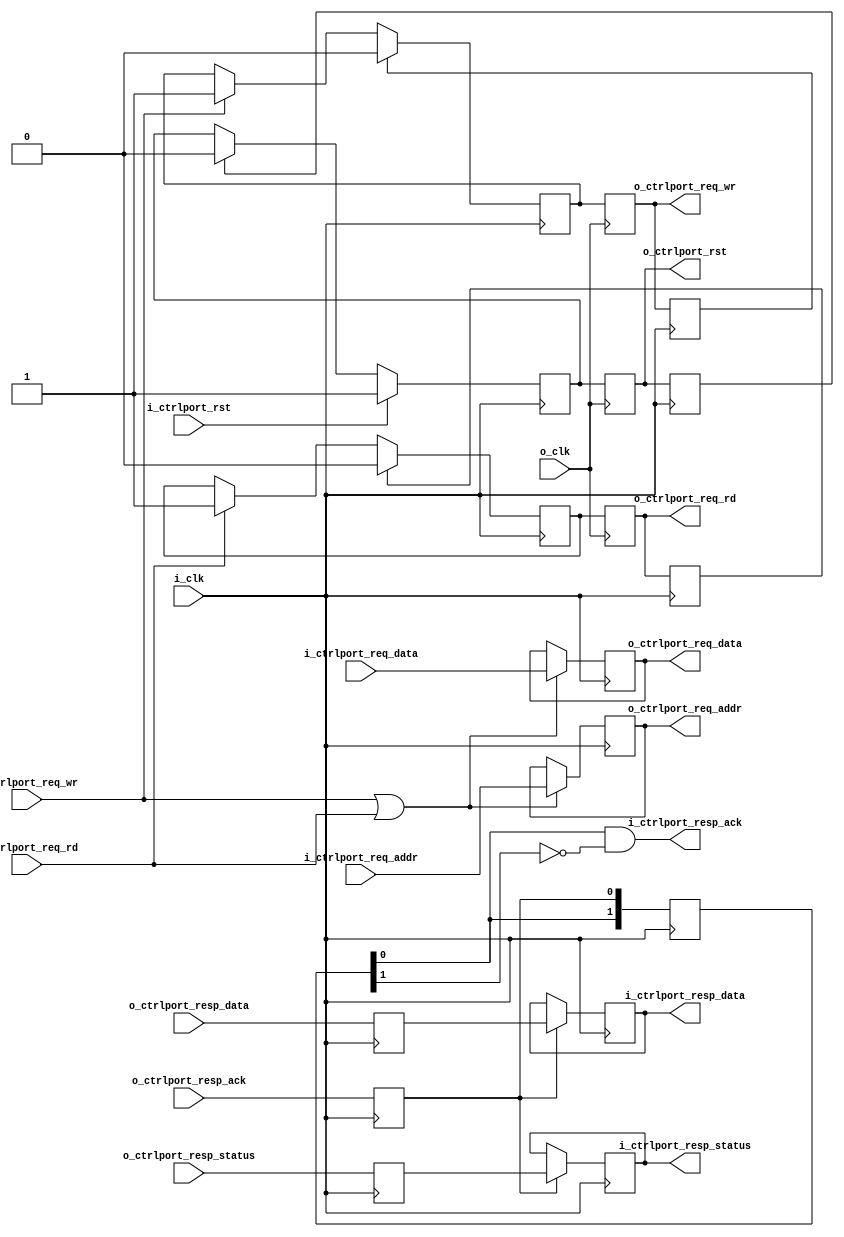
//
// Copyright 2022 Ettus Research, a National Instruments Brand
//
// SPDX-License-Identifier: LGPL-3.0-or-later
//
// Module: ctrlport_clk_crossing_derived
//
// Description:
//     Performs a simplified clk crossing for a ctrlport interface.
//     i_clk must be derived from o_clk by an integer multiplier and
//     originate from the same PLL. This ensures the clock crossing
//     can be achieved by using simple registers, as STA will be able
//     to meet setup and hold requirements on them.
//

`default_nettype none

module ctrlport_clk_crossing_derived (
  // Clocks
  input  wire i_clk,
  input  wire o_clk,

  // Request (domain: i_clk)
  input  wire        i_ctrlport_rst,
  input  wire        i_ctrlport_req_wr,
  input  wire        i_ctrlport_req_rd,
  input  wire [19:0] i_ctrlport_req_addr,
  input  wire [31:0] i_ctrlport_req_data,

  // Response (domain: i_clk)
  output wire        i_ctrlport_resp_ack,
  output reg  [ 1:0] i_ctrlport_resp_status,
  output reg  [31:0] i_ctrlport_resp_data,

  // Request (domain: o_clk)
  output reg         o_ctrlport_rst,
  output reg         o_ctrlport_req_wr,
  output reg         o_ctrlport_req_rd,
  output reg  [19:0] o_ctrlport_req_addr,
  output reg  [31:0] o_ctrlport_req_data,

  // Response (domain: o_clk)
  input  wire        o_ctrlport_resp_ack,
  input  wire [ 1:0] o_ctrlport_resp_status,
  input  wire [31:0] o_ctrlport_resp_data

);

  // holding read and write flags for multiple i_clk cycles
  reg         ctrlport_req_wr_hold = 1'b0;
  reg         ctrlport_req_rd_hold = 1'b0;

  reg         ctrlport_req_rd_fall      = 1'b0;
  reg         ctrlport_req_wr_fall      = 1'b0;
  reg  [31:0] ctrlport_resp_data_fall   = 32'b0;
  reg  [ 1:0] ctrlport_resp_status_fall = 2'b0;
  reg         ctrlport_resp_ack_fall    = 1'b0;

  // Retime signals to falling edge of i_clk. By sampling on the falling edge of
  // i_clk, we provide (nominally) half a i_clk period of hold, while
  // reducing setup time by half. The late arrival of i_clk adds back some
  // of the lost setup margin.
  always @(negedge i_clk) begin
    ctrlport_req_rd_fall      <= o_ctrlport_req_rd;
    ctrlport_req_wr_fall      <= o_ctrlport_req_wr;
    ctrlport_resp_ack_fall    <= o_ctrlport_resp_ack;
    ctrlport_resp_status_fall <= o_ctrlport_resp_status;
    ctrlport_resp_data_fall   <= o_ctrlport_resp_data;
  end

  always @(posedge i_clk) begin
    if (ctrlport_req_wr_fall) begin
      ctrlport_req_wr_hold <= 1'b0;
    end else if (i_ctrlport_req_wr) begin
      ctrlport_req_wr_hold <= 1'b1;
    end
    if (ctrlport_req_rd_fall) begin
      ctrlport_req_rd_hold <= 1'b0;
    end else if (i_ctrlport_req_rd) begin
      ctrlport_req_rd_hold <= 1'b1;
    end

    // capture request address and data
    if (i_ctrlport_req_wr || i_ctrlport_req_rd) begin
      o_ctrlport_req_addr <= i_ctrlport_req_addr;
      o_ctrlport_req_data <= i_ctrlport_req_data;
    end
  end

  // capture extended flags in o_clk domain
  always @(posedge o_clk) begin
    o_ctrlport_req_wr <= ctrlport_req_wr_hold;
    o_ctrlport_req_rd <= ctrlport_req_rd_hold;
  end

  // search for rising edge in response
  reg [1:0] ctrlport_resp_ack_reg = 2'b0;
  always @(posedge i_clk) begin
    ctrlport_resp_ack_reg = {ctrlport_resp_ack_reg[0], ctrlport_resp_ack_fall};
  end
  assign i_ctrlport_resp_ack = ctrlport_resp_ack_reg[0] & ~ctrlport_resp_ack_reg[1];

  // capture response data
  always @(posedge i_clk) begin
    if (ctrlport_resp_ack_fall) begin
      i_ctrlport_resp_status <= ctrlport_resp_status_fall;
      i_ctrlport_resp_data   <= ctrlport_resp_data_fall;
    end
  end

  // transfer reset
  reg ctrlport_rst_hold = 1'b0;
  reg ctrlport_rst_fall = 1'b0;
  always @(posedge i_clk) begin
    if (i_ctrlport_rst) begin
      ctrlport_rst_hold <= 1'b1;
    end else if (ctrlport_rst_fall) begin
      ctrlport_rst_hold <= 1'b0;
    end
  end
  always @(posedge o_clk) begin
    o_ctrlport_rst <= ctrlport_rst_hold;
  end
  always @(negedge i_clk) begin
    ctrlport_rst_fall <= o_ctrlport_rst;
  end

endmodule

`default_nettype wire